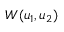
W ( u _ { 1 } , u _ { 2 } )